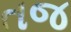
તજ